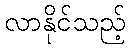
လာနိုင်သည့်